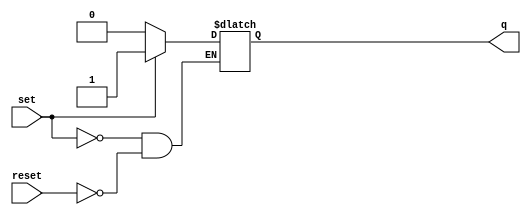
 /*                                                                      
 Copyright 2017 Silicon Integrated Microelectronics, Inc.                
                                                                         
 Licensed under the Apache License, Version 2.0 (the "License");         
 you may not use this file except in compliance with the License.        
 You may obtain a copy of the License at                                 
                                                                         
     http://www.apache.org/licenses/LICENSE-2.0                          
                                                                         
  Unless required by applicable law or agreed to in writing, software    
 distributed under the License is distributed on an "AS IS" BASIS,       
 WITHOUT WARRANTIES OR CONDITIONS OF ANY KIND, either express or implied.
 See the License for the specific language governing permissions and     
 limitations under the License.                                          
 */                                                                      
                                                                         
                                                                         
                                                                         
module sirv_SRLatch (
  input set,
  input reset,
  output q
);

  reg latch;

  // synopsys async_set_reset "set"
  // synopsys one_hot "set, reset"
  always @(set or reset)
  begin
    if (set)
      latch <= 1'b1;
    else if (reset)
      latch <= 1'b0;
  end

  assign q = latch;

endmodule